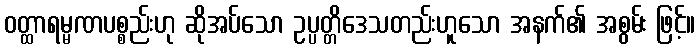
ဝတ္ထာရမ္မဏပစ္စည်းဟု ဆိုအပ်သော ဥပ္ပတ္တိဒေသတည်းဟူသော အနက်၏ အစွမ်း ဖြင့်။